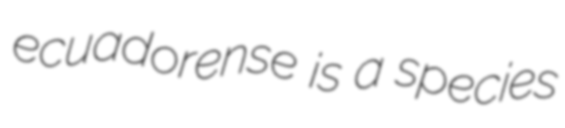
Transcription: ecuadorense is a species